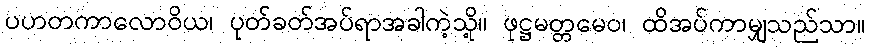
ပဟတကာလောဝိယ၊ ပုတ်ခတ်အပ်ရာအခါကဲ့သို့။ ဖုဋ္ဌမတ္တမေဝ၊ ထိအပ်ကာမျှသည်သာ။